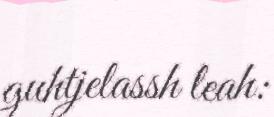
guhtjelassh leah: